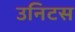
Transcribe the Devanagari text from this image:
उनिटस